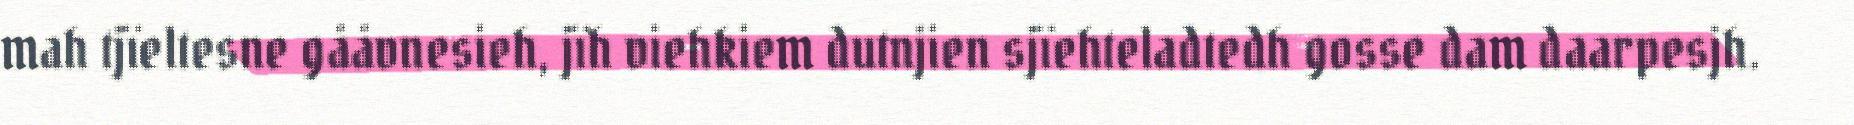
mah tjïeltesne gååvnesieh, jïh viehkiem dutnjien sjïehteladtedh gosse dam daarpesjh.